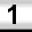
Digit: 1